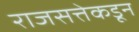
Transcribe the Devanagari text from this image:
राजसत्तेकडून